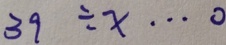
3 9 \div x \cdots 0